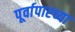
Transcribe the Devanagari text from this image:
पूर्वापारच्या